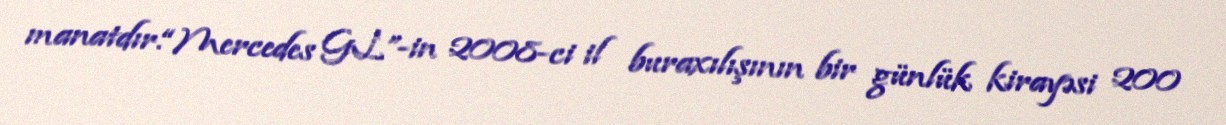
manatdır.“Mercedes GL”-in 2008-ci il buraxılışının bir günlük kirayəsi 200